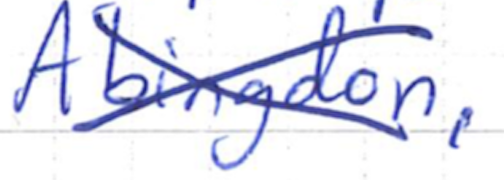
Text: Abingdon,
Cross-out: cross
Writing tool: ballpoint